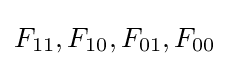
F_{11},F_{10},F_{01},F_{00}